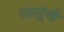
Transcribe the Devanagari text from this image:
लालूंची